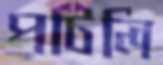
পটিলি